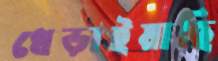
ধেড়াইয়াছি